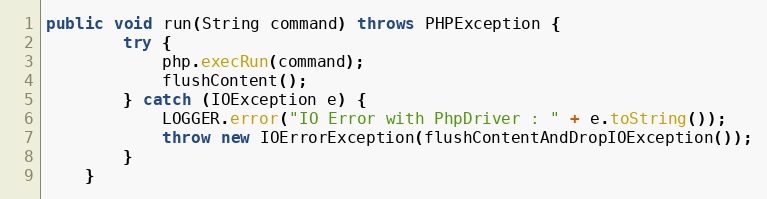
Language: Java
public void run(String command) throws PHPException {
		try {
			php.execRun(command);
			flushContent();
		} catch (IOException e) {
			LOGGER.error("IO Error with PhpDriver : " + e.toString());
			throw new IOErrorException(flushContentAndDropIOException());
		}
	}